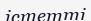
істетті